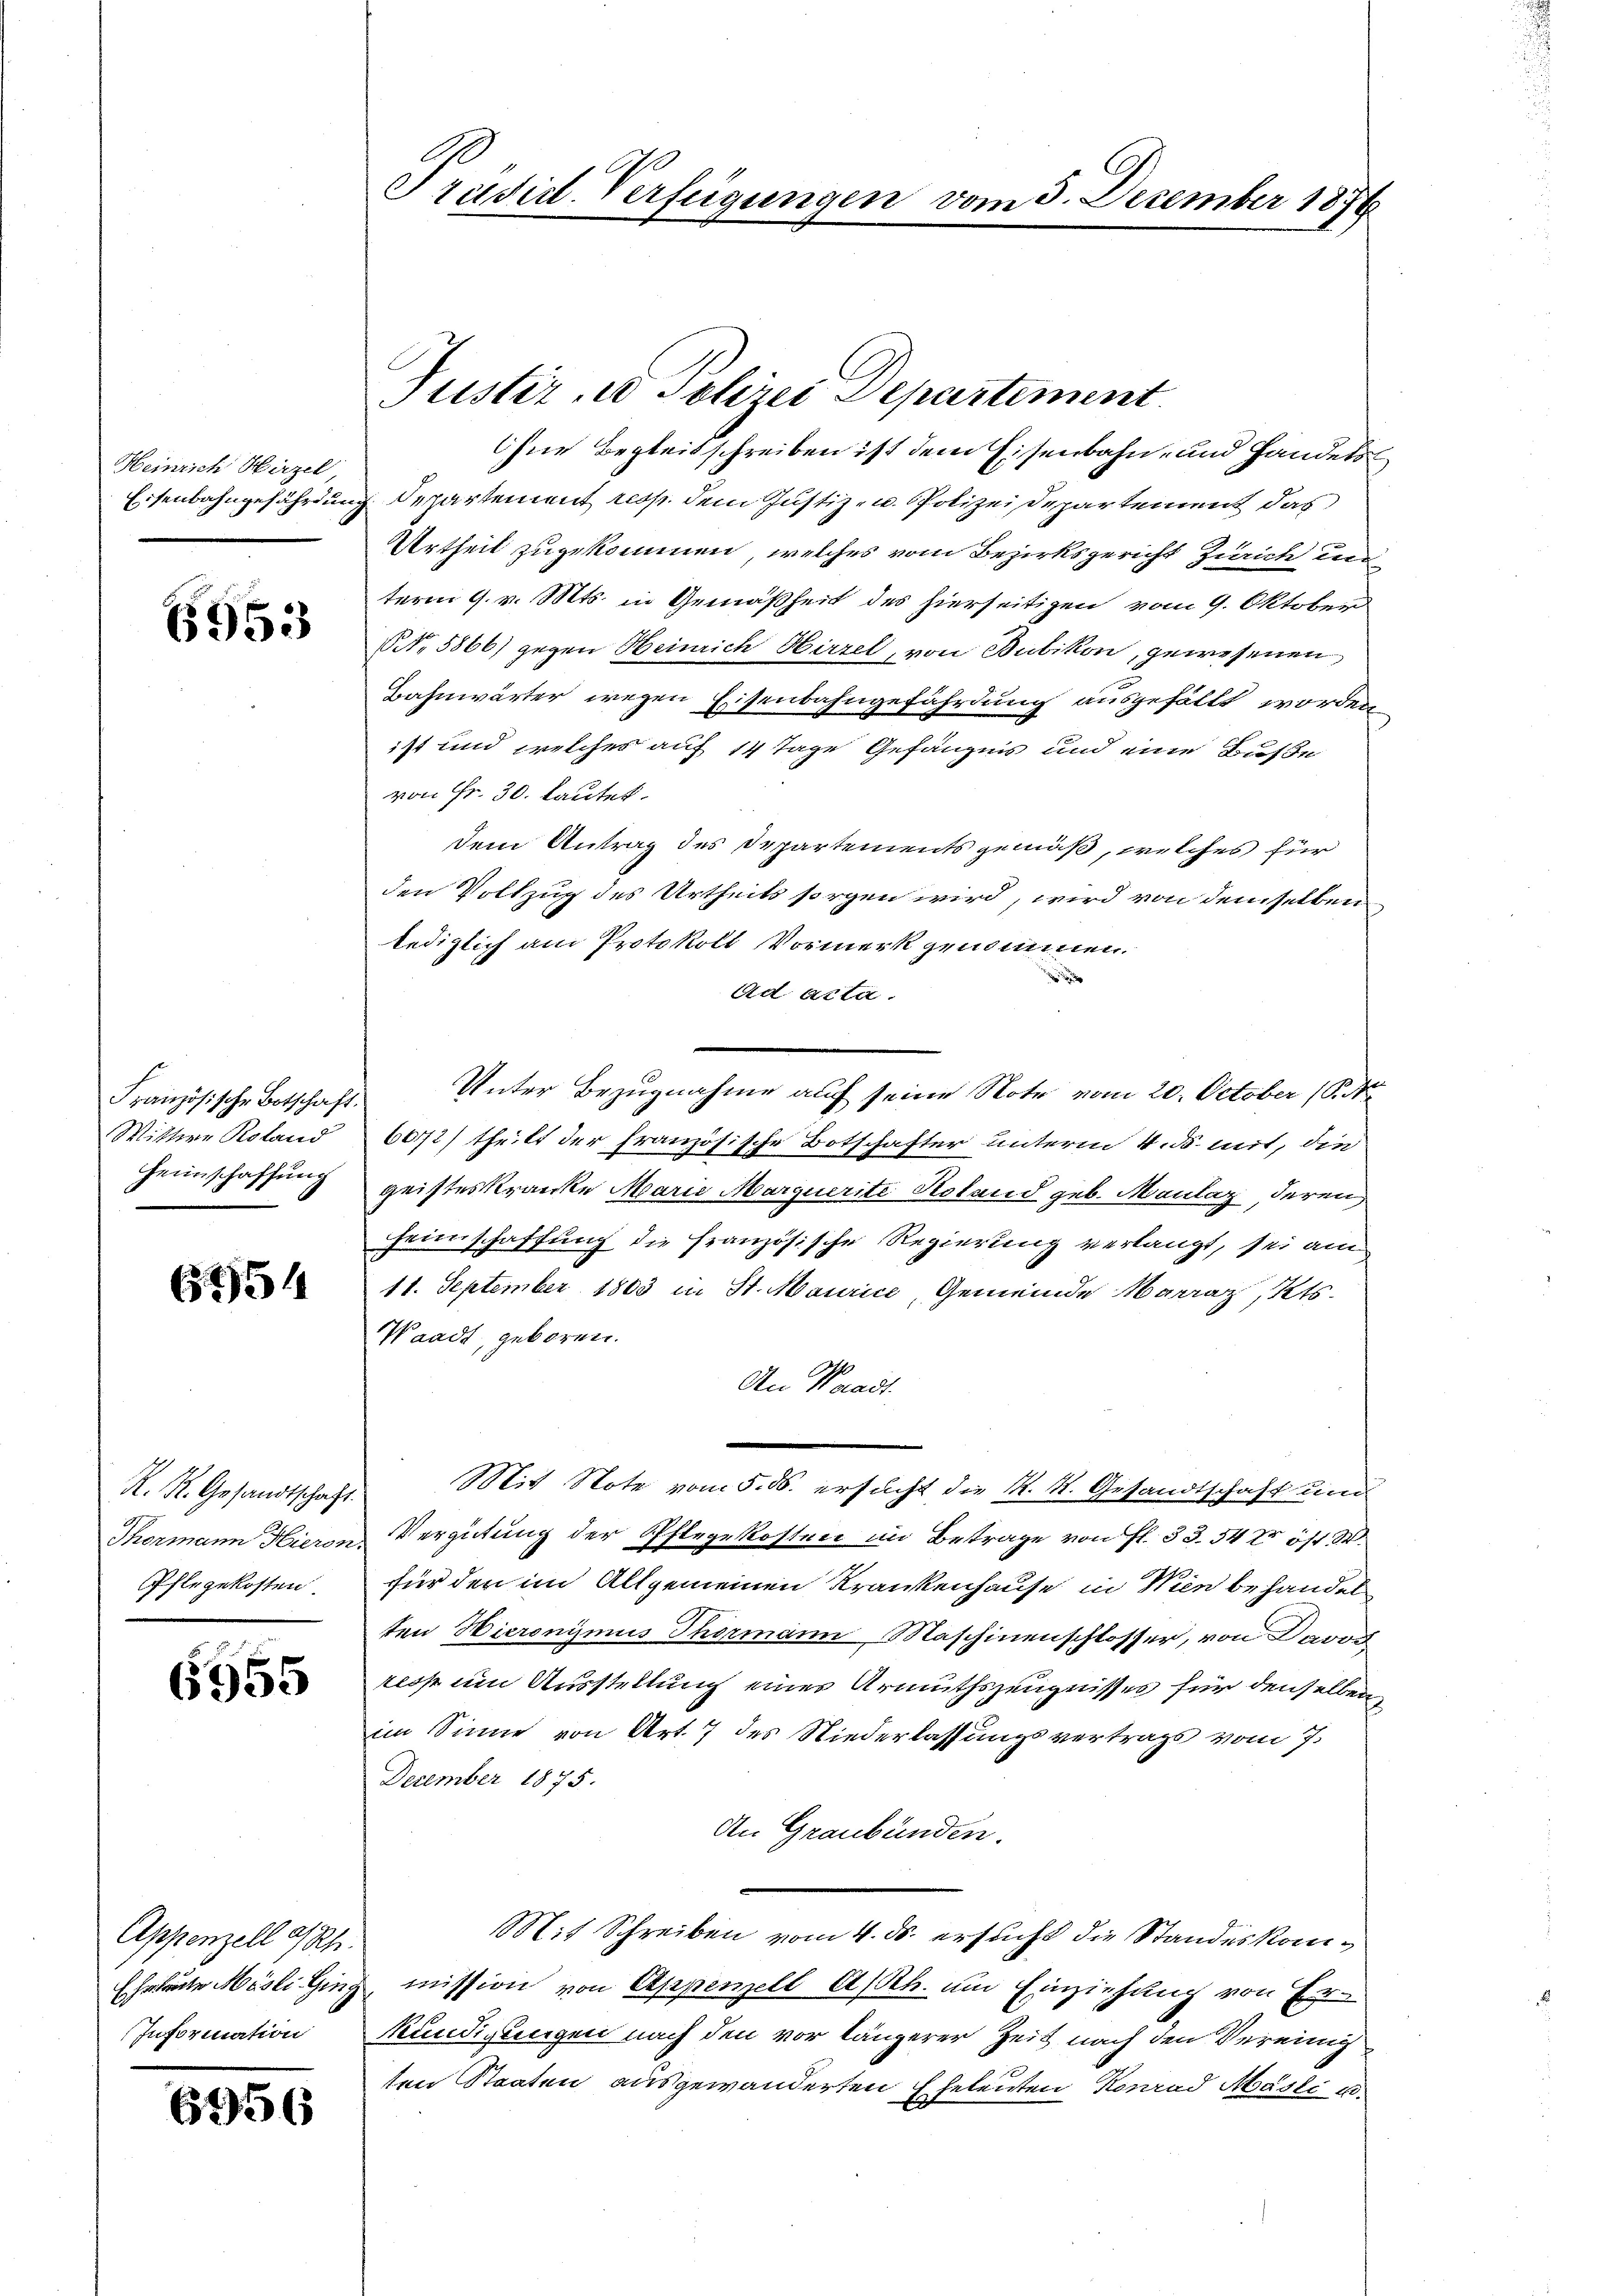
Heinrich Hirzel
Eisenbahngefährdung

6953

Französische Botschaft.
Wittwe Roland
Heimschaffung

6454

R. M. Gesandtschaft.
Thormann Hieron.
Pflegekosten

6955

Appenzell a/Rh.
Ehrbaute Masli Ging
Information

6956

Präsid. Verfügungen

Justiz- u Polizei Departement
Ohne Begleitschreiben ist dem Eisenbahn- und Handels
Departement resp. dem Justiz- u. Polizeidepartement das
Urtheil zugekommen, welches vom Bezirksgericht Zürich un
term 9. v. Mts. in Gemäßheit des hierseitigen vom 9. Oktober
Nr. 5866) gegen Heinrich Hirzel, von Bubikon, gewesenen
Bahnwärter wegen Eisenbahngefährdung ausgefällt worden
ist und welcher auf 14 Tage Gefängnis und eine Buße
von Fr. 30. Lautet.
dem Antrag des Departements gemäß, welches für
den Vollzug des Urtheils sorgen wird, wird von demselben
lediglich am Protokoll Vormerk genommen.
Ad acta.
Unter Bezugnahme auf seine Note vom 20. October (S.
6072) theilt der französische Botschafter unterm 4. ds. mit, die
geisteskranke Marie Marquerite Roland geb. Maulaz, deren,
Heimschaffung die französische Regierung verlangt, sei am
11. September 1803 in St. Maurice, Gemeinde Marraz, Kts.
Waadt, geboren.
An Waadt.
Mit Note vom 5. ds. ersucht die K. K. Gesandtschaft und
Vergütung der Pflegekosten im Betrage von fl. 33. 54 Xr öst.
für den im Allgemeinen Krankenhause in Wien behandel
ten Hieronymus Thormann Maschinenschlosser, von Davon
resst um Ausstellung eines Armuthszeugnisses für denselben,
im Sinne von Art. 7 des Niederlassungsvertrags vom 7.
December 1875.
An Graubünden.
Mit Schreiben vom 4. ds. ersucht die Standeskommission von Appenzell A/Rh. um Einziehung von Erkündigungen nach den vor längerer Zeit nach den Vereinig
ten Staaten ausgewanderten Eheleuten Konrad Masli u.

vom 5. Dezember 1876